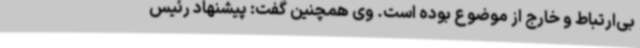
بی‌ارتباط و خارج از موضوع بوده است‌. وی همچنین گفت: پیشنهاد رئیس